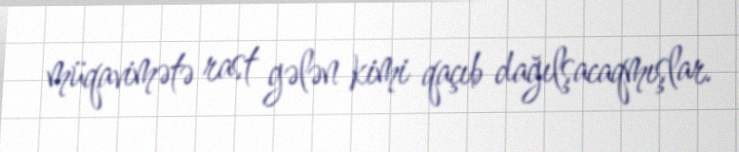
müqavimətə rast gələn kimi qaçıb dağılşacaqmışlar.